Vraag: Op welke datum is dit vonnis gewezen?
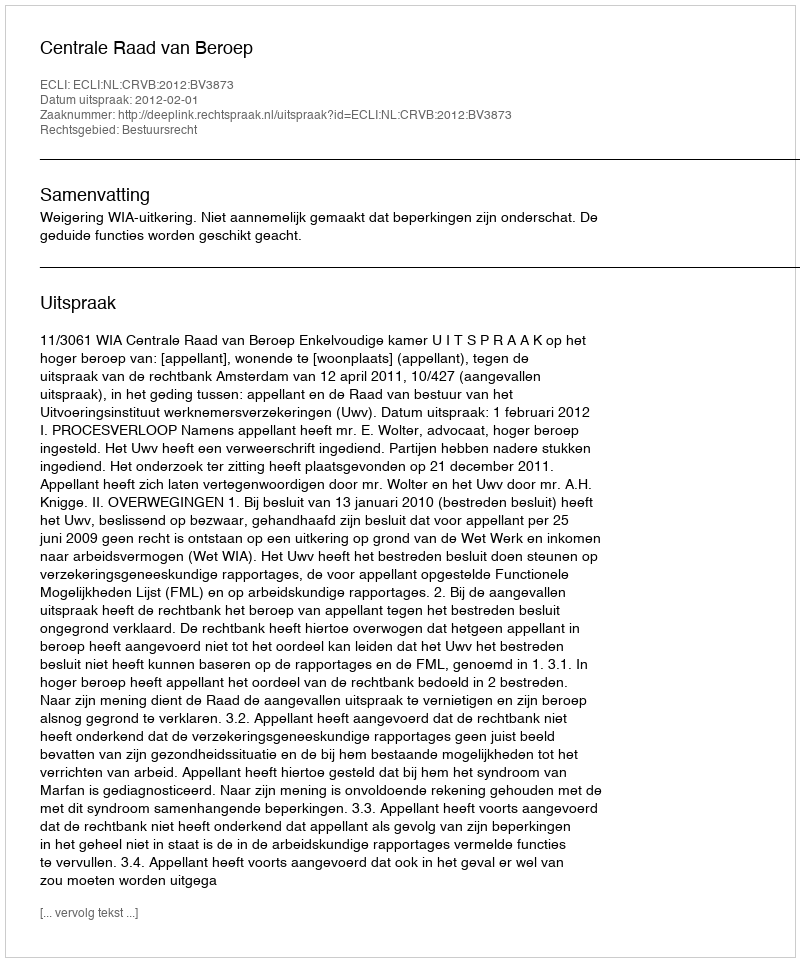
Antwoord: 2012-02-01